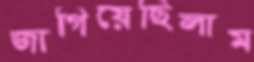
জাগিয়েছিলাম